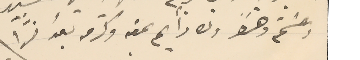
وعشتم دهراً  ولك دايم محبته وكرمه بعد خسَرا